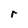
Character: r